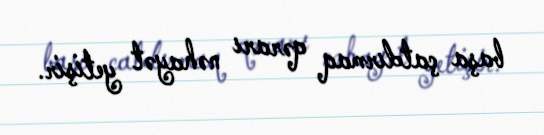
başa çatdırmaq qərarı nəhayət yetişir.